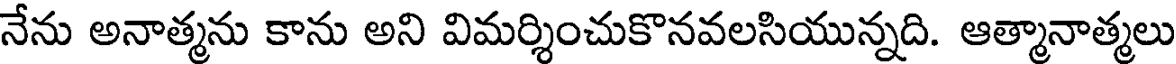
నేను అనాత్మను కాను అని విమర్శించుకొనవలసియున్నది. ఆత్మానాత్మలు